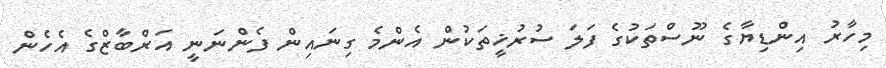
މިހާރު އިންޑިޔާގެ ނޫސްތަކުގެ ފަލަ ސުރުޚީތަކުން އެންމެ ގިނައިން ފެންނަނީ އަރްބާޒްގެ އެހެން